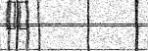
١٨